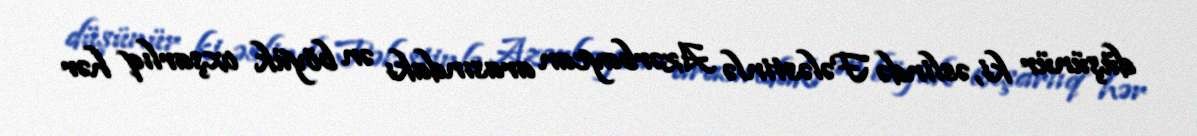
düşünür ki, əslində Fələstinlə Azərbaycan arasındakı ən böyük oxşarlıq hər